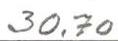
30,70